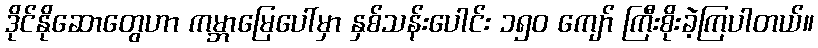
ဒိုင်နိုဆောတွေဟာ ကမ္ဘာမြေပေါ်မှာ နှစ်သန်းပေါင်း ၁၅၀ ကျော် ကြီးစိုးခဲ့ကြပါတယ်။